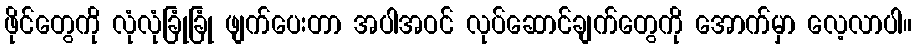
ဖိုင်တွေကို လုံလုံခြုံခြုံ ဖျက်ပေးတာ အပါအဝင် လုပ်ဆောင်ချက်တွေကို အောက်မှာ လေ့လာပါ။